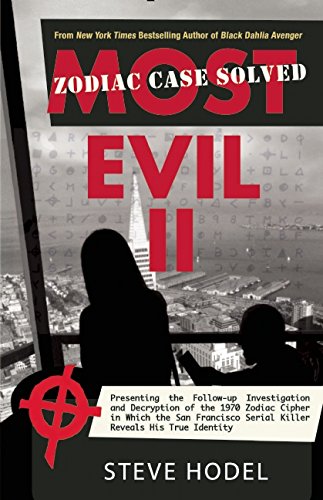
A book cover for Most Evil II: Presenting the Follow-Up Investigation and Decryption of the 1970 Zodiac Cipher in which the San Francisco Serial Killer Reveals his True Identity; Steve Hodel; Biographies & Memoirs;